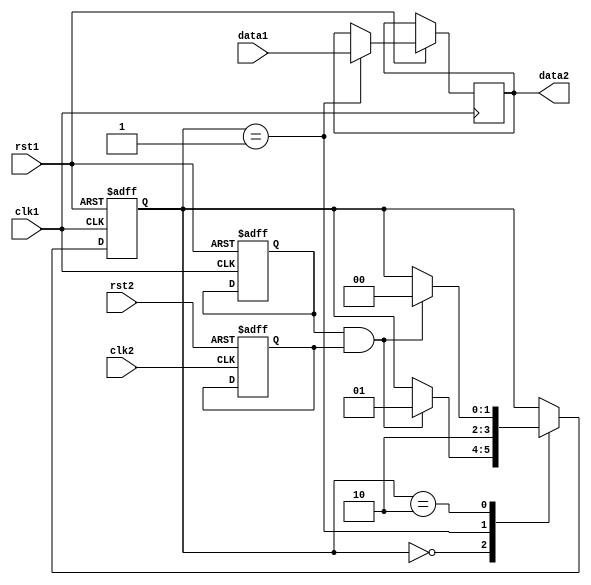
module synchronization(
    input wire clk1,        // Clock signal for first clock domain
    input wire rst1,        // Reset signal for first clock domain
    input wire data1,       // Data signal for first clock domain
    
    input wire clk2,        // Clock signal for second clock domain
    input wire rst2,        // Reset signal for second clock domain
    output reg data2        // Data signal for second clock domain
);

reg [1:0] state;            // State variable for synchronization process

// Timing control module
always @(posedge clk1 or negedge rst1) begin
    if(!rst1) begin
        state <= 2'b00;
    end else begin
        case(state)
            2'b00: begin
                // Setup state - prepare for data transmission
                if(sender_ready && receiver_ready) begin
                    state <= 2'b01;
                end
            end
            2'b01: begin
                // Transmit state - transfer data between clock domains
                data2 <= data1;
                state <= 2'b10;
            end
            2'b10: begin
                // Hold state - wait for next transmit opportunity
                if(sender_ready && receiver_ready) begin
                    state <= 2'b00;
                end
            end
        endcase
    end
end

// Synchronization block
always @(posedge clk2 or negedge rst2) begin
    if(!rst2) begin
        // Reset synchronization elements
    end else begin
        // Synchronize data signals between clock domains
    end
end

// Handshaking logic
reg sender_ready;
reg receiver_ready;
always @(posedge clk1 or negedge rst1) begin
    if(!rst1) begin
        sender_ready <= 0;
    end else begin
        // Sender ready logic
    end
end

always @(posedge clk2 or negedge rst2) begin
    if(!rst2) begin
        receiver_ready <= 0;
    end else begin
        // Receiver ready logic
    end
end

endmodule